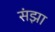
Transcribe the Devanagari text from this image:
संझा